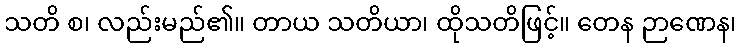
သတိ စ၊ လည်းမည်၏။ တာယ သတိယာ၊ ထိုသတိဖြင့်။ တေန ဉာဏေန၊